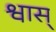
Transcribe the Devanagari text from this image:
श्वास्